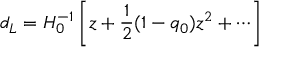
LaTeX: d _ { L } = H _ { 0 } ^ { - 1 } \left[ z + \frac { 1 } { 2 } ( 1 - q _ { 0 } ) z ^ { 2 } + \cdots \right]